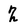
Character: 2